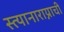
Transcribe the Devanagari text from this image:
स्त्यानाराय्नाची